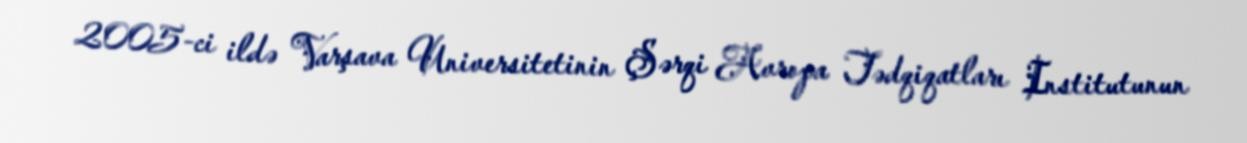
2005-ci ildə Varşava Universitetinin Şərqi Avropa Tədqiqatları Institutunun